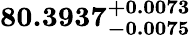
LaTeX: \mathbf{80.3937_{-0.0075}^{+0.0073}}